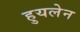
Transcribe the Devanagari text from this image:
हुयलेन